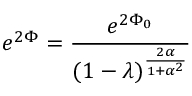
e ^ { 2 \Phi } = { \frac { e ^ { 2 \Phi _ { 0 } } } { ( 1 - \lambda ) ^ { \frac { 2 \alpha } { 1 + \alpha ^ { 2 } } } } }